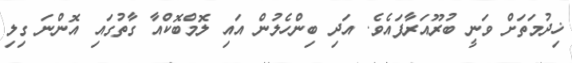
ޚިދުމަތަށް ވަނީ ބުރޫއަރާފައެވެ. އަދި ބިންހެލުން އައި ލޮމްބޮކްއާ ގާތުގައި އޮންނަ ގިލި